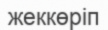
жеккөріп